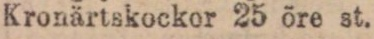
Kronärtskockor 25 öre st.